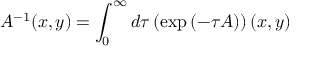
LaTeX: { \cal A } ^ { - 1 } ( x , y ) = \int _ { 0 } ^ { \infty } d \tau \left( \exp \left( - \tau { \cal A } \right) \right) ( x , y )